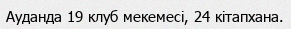
Ауданда 19 клуб мекемесі, 24 кітапхана.